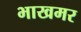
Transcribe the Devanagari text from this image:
भाखमर